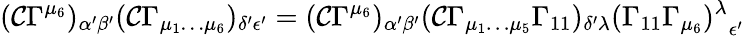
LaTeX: (\mathcal{C}\Gamma^{\mu_{6}})_{\alpha{'}\beta{'}}(\mathcal{C}\Gamma_{\mu_{1}\dots\mu_{6}})_{\delta{'}\epsilon{'}}=(\mathcal{C}\Gamma^{\mu_{6}})_{\alpha{'}\beta{'}}(\mathcal{C}\Gamma_{\mu_{1}\dots\mu_{5}}\Gamma_{11})_{\delta{'}\lambda}{(\Gamma_{11}\Gamma_{\mu_{6}})^{\lambda}}_{\epsilon{'}}